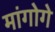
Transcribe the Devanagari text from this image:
मांगोगे